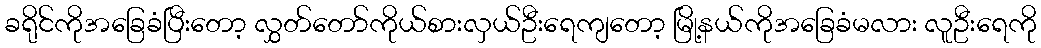
ခရိုင်ကိုအခြေခံပြီးတော့ လွှတ်တော်ကိုယ်စားလှယ်ဦးရေကျတော့ မြို့နယ်ကိုအခြေခံမလား လူဦးရေကို